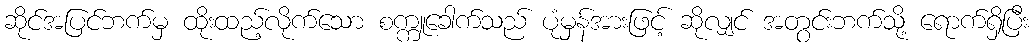
ဆိုင်အပြင်ဘက်မှ ထိုးထည့်လိုက်သော စက္ကူခေါက်သည် ပုံမှန်အားဖြင့် ဆိုလျှင် အတွင်းဘက်သို့ ရောက်ရှိပြီး